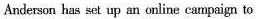
Andersonhas set up an online campaign to